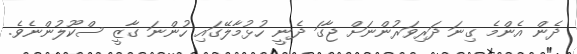
ދެން އެންމެ ގިނަ ދަރިވަރުންނަށް ޖާގަ ދެނީ ހުޅުމާލޭގައި ހުންނަ ގާޒީ ސްކޫލުންނެވެ.